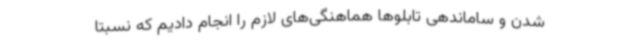
شدن و ساماندهی تابلوها هماهنگی‌های لازم را انجام دادیم که نسبتاً